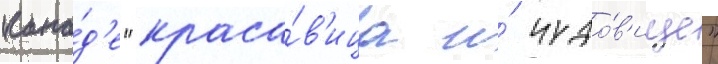
кана́д'е "краса́в'ица и́ чудо́в'ище"